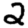
Digit: 2